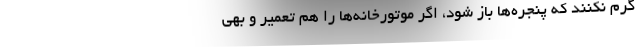
گرم نکنند که پنجره‌ها باز شود، اگر موتورخانه‌ها را هم تعمیر و بهی